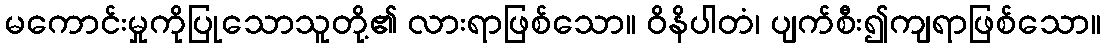
မကောင်းမှုကိုပြုသောသူတို့၏ လားရာဖြစ်သော။ ဝိနိပါတံ၊ ပျက်စီး၍ကျရာဖြစ်သော။